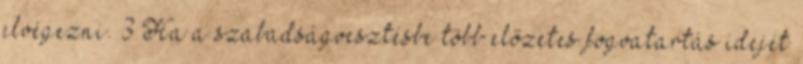
elvégezni. 3 Ha a szabadságvesztésbe több előzetes fogvatartás idejét